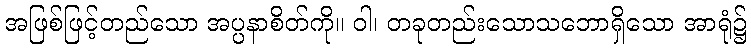
အဖြစ်ဖြင့်တည်သော အပ္ပနာစိတ်ကို။ ဝါ၊ တခုတည်းသောသဘောရှိသော အာရုံ၌